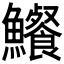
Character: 𩽐